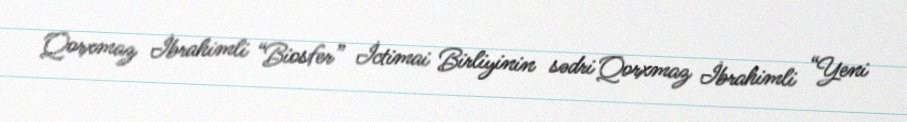
Qorxmaz İbrahimli “Biosfer” İctimai Birliyinin sədri Qorxmaz İbrahimli “Yeni